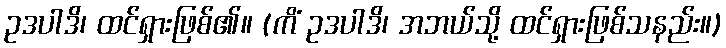
ဥဒပါဒိ၊ ထင်ရှားဖြစ်၏။ (ကိံ ဥဒပါဒိ၊ အဘယ်သို့ ထင်ရှားဖြစ်သနည်း။)